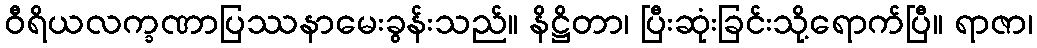
ဝီရိယလက္ခဏာပြဿနာမေးခွန်းသည်။ နိဋ္ဌိတာ၊ ပြီးဆုံးခြင်းသို့ရောက်ပြီ။ ရာဇာ၊